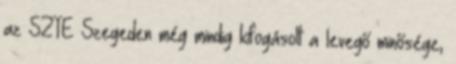
az SZTE Szegeden még mindig kifogásolt a levegő minősége,